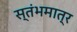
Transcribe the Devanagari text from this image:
स्तंभमात्र